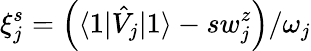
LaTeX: \xi_{j}^{s}=\left(\langle 1|\hat{V}_{j}|1\rangle-sw_{j}^{z}\right)/\omega_{j}